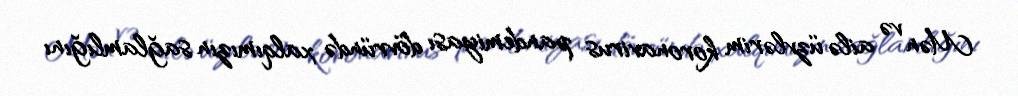
Mən və ailə üzvlərim koronavirus pandemiyası dövründə xalqımızın sağlamlığını